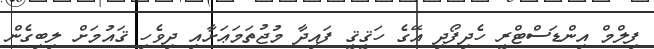
ފިލްމް އިންޑަސްޓްރީ ހެދިފޯދި އޭގެ ހަޤީޤީ ފައިދާ މުޖުތަމަޢަށާއި ދިވެހި ޤައުމަށް ލިބިގެން